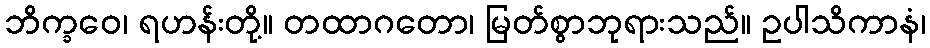
ဘိက္ခဝေ၊ ရဟန်းတို့။ တထာဂတော၊ မြတ်စွာဘုရားသည်။ ဥပါသိကာနံ၊